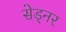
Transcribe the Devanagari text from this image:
सेड्नर